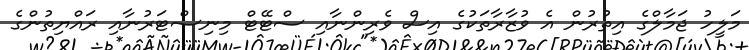
މަލީހު ޖަމާލްގެ އިތުރުން އެ ވުޒާރާތަކުގެ އިސް ވެރިންނާއި ސްޓޭޓް މިނިސްޓަރުނާއި ރައްޔިތުންގެ